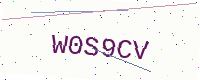
Text: W0S9CV